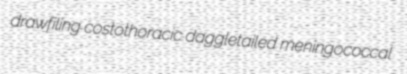
drawfiling costothoracic daggletailed meningococcal